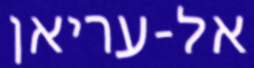
אל-עריאן